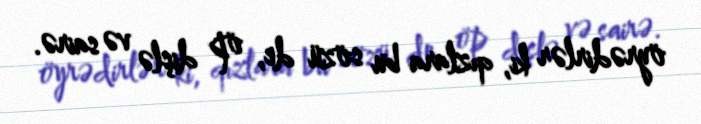
öyrədirlər ki, qızlara bu sözü de, öp dişlə və sairə.